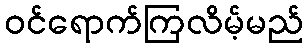
ဝင်ရောက်ကြလိမ့်မည်